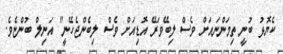
ކެޔޮޅު ބުނީ ތިމަންނައަށް ވެސް ލިބޭވަރޭ އޮޑިއަށް ވެސް ލިބެންޖެހޭނީ" އަނިލް ބުންޏެވެ.